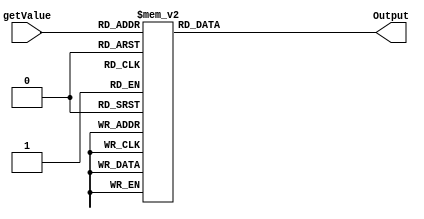
module BCD_hex (Output,getValue);
	input [3:0]getValue;
	output reg [6:0]Output;
	
	always@(getValue)
		begin
			case(getValue)
			4'b0000 : Output = 7'b1000000; //0
			4'b0001 : Output = 7'b1111001; //1
			4'b0010 : Output = 7'b0100100; //2
			4'b0011 : Output = 7'b0110000; //3	
			4'b0100	: Output = 7'b0011001; //4
			4'b0101	: Output = 7'b0010010; //5
			4'b0110 : Output = 7'b0000010; //6
			4'b0111 : Output = 7'b1111000; //7
			4'b1000 : Output = 7'b0000000; //8
			4'b1001 : Output = 7'b0010000; //9
			4'b1010 : Output = 7'b0001000; //A
			4'b1011 : Output = 7'b0000011; //B
			4'b1100 : Output = 7'b1000110; //C
			4'b1101 : Output = 7'b0100001; //D
			4'b1110 : Output = 7'b0000110; //E
			4'b1111 : Output = 7'b0001110; //F
			default
			Output = 7'b1111111;
			endcase
		end
	
endmodule